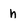
Character: n